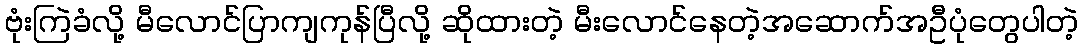
ဗုံးကြဲခံလို့ မီလောင်ပြာကျကုန်ပြီလို့ ဆိုထားတဲ့ မီးလောင်နေတဲ့အဆောက်အဦပုံတွေပါတဲ့